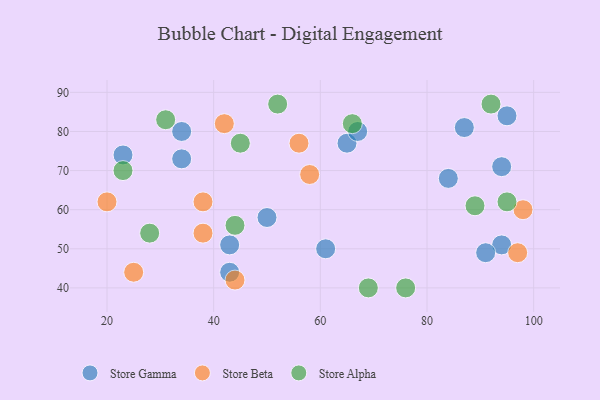
{"axis": {"x": "GDP", "y": "Life Expectancy"}, "legend": ["Store Alpha", "Store Beta", "Store Gamma"], "data": [{"x": "65", "y": 77, "type": "Store Gamma"}, {"x": "34", "y": 80, "type": "Store Gamma"}, {"x": "43", "y": 44, "type": "Store Gamma"}, {"x": "94", "y": 51, "type": "Store Gamma"}, {"x": "91", "y": 49, "type": "Store Gamma"}, {"x": "87", "y": 81, "type": "Store Gamma"}, {"x": "94", "y": 71, "type": "Store Gamma"}, {"x": "84", "y": 68, "type": "Store Gamma"}, {"x": "50", "y": 58, "type": "Store Gamma"}, {"x": "95", "y": 84, "type": "Store Gamma"}, {"x": "34", "y": 73, "type": "Store Gamma"}, {"x": "43", "y": 51, "type": "Store Gamma"}, {"x": "67", "y": 80, "type": "Store Gamma"}, {"x": "23", "y": 74, "type": "Store Gamma"}, {"x": "61", "y": 50, "type": "Store Gamma"}, {"x": "97", "y": 49, "type": "Store Beta"}, {"x": "44", "y": 42, "type": "Store Beta"}, {"x": "56", "y": 77, "type": "Store Beta"}, {"x": "98", "y": 60, "type": "Store Beta"}, {"x": "20", "y": 62, "type": "Store Beta"}, {"x": "38", "y": 62, "type": "Store Beta"}, {"x": "58", "y": 69, "type": "Store Beta"}, {"x": "38", "y": 54, "type": "Store Beta"}, {"x": "42", "y": 82, "type": "Store Beta"}, {"x": "25", "y": 44, "type": "Store Beta"}, {"x": "89", "y": 61, "type": "Store Alpha"}, {"x": "44", "y": 56, "type": "Store Alpha"}, {"x": "23", "y": 70, "type": "Store Alpha"}, {"x": "69", "y": 40, "type": "Store Alpha"}, {"x": "92", "y": 87, "type": "Store Alpha"}, {"x": "76", "y": 40, "type": "Store Alpha"}, {"x": "45", "y": 77, "type": "Store Alpha"}, {"x": "95", "y": 62, "type": "Store Alpha"}, {"x": "31", "y": 83, "type": "Store Alpha"}, {"x": "66", "y": 82, "type": "Store Alpha"}, {"x": "28", "y": 54, "type": "Store Alpha"}, {"x": "52", "y": 87, "type": "Store Alpha"}]}